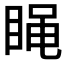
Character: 𰥭